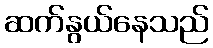
ဆက်နွယ်နေသည်